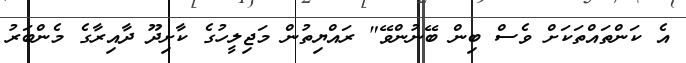
އެ ކަންތައްތަކަށް ވެސް ބިން ބޭނުންވޭ" ރައްޔިތުން މަޖިލީހުގެ ކާށިދޫ ދާއިރާގެ މެންބަރު